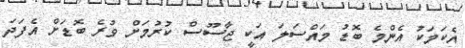
އެކަމަކު އެންމެ ބޮޑު މައްސަލަ އަކީ ޖާސޫސް ކުރުމަށް ވުރެ ބޮޑަށް އެފަދަ